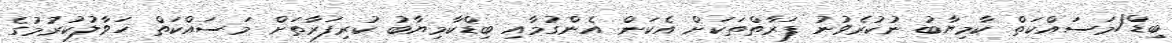
ބިޑް/މަސައްކަތް ކާމިޔާބު ނުކުރެވުނު ފަރާތްތަކަށް އެކަން އެންގުމާއި ބިޑްކާމިޔާބު ކުރިފަރާތަށް މަސައްކަތް ހަވާލުކުރުމުގެ